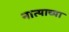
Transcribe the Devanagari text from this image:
नात्याच्या